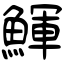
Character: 鯶